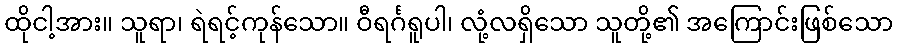
ထိုငါ့အား။ သူရာ၊ ရဲရင့်ကုန်သော။ ဝီရင်္ဂရူပါ၊ လုံ့လရှိသော သူတို့၏ အကြောင်းဖြစ်သော